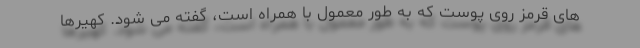
های قرمز روی پوست که به طور معمول با همراه است، گفته می شود. کهیرها